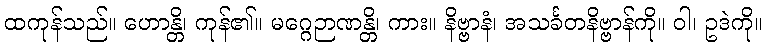
ထကုန်သည်။ ဟောန္တိ၊ ကုန်၏။ မဂ္ဂေဉာဏန္တိ၊ ကား။ နိဗ္ဗာနံ၊ အသင်္ခတနိဗ္ဗာန်ကို။ ဝါ၊ ဥဒဲကို။